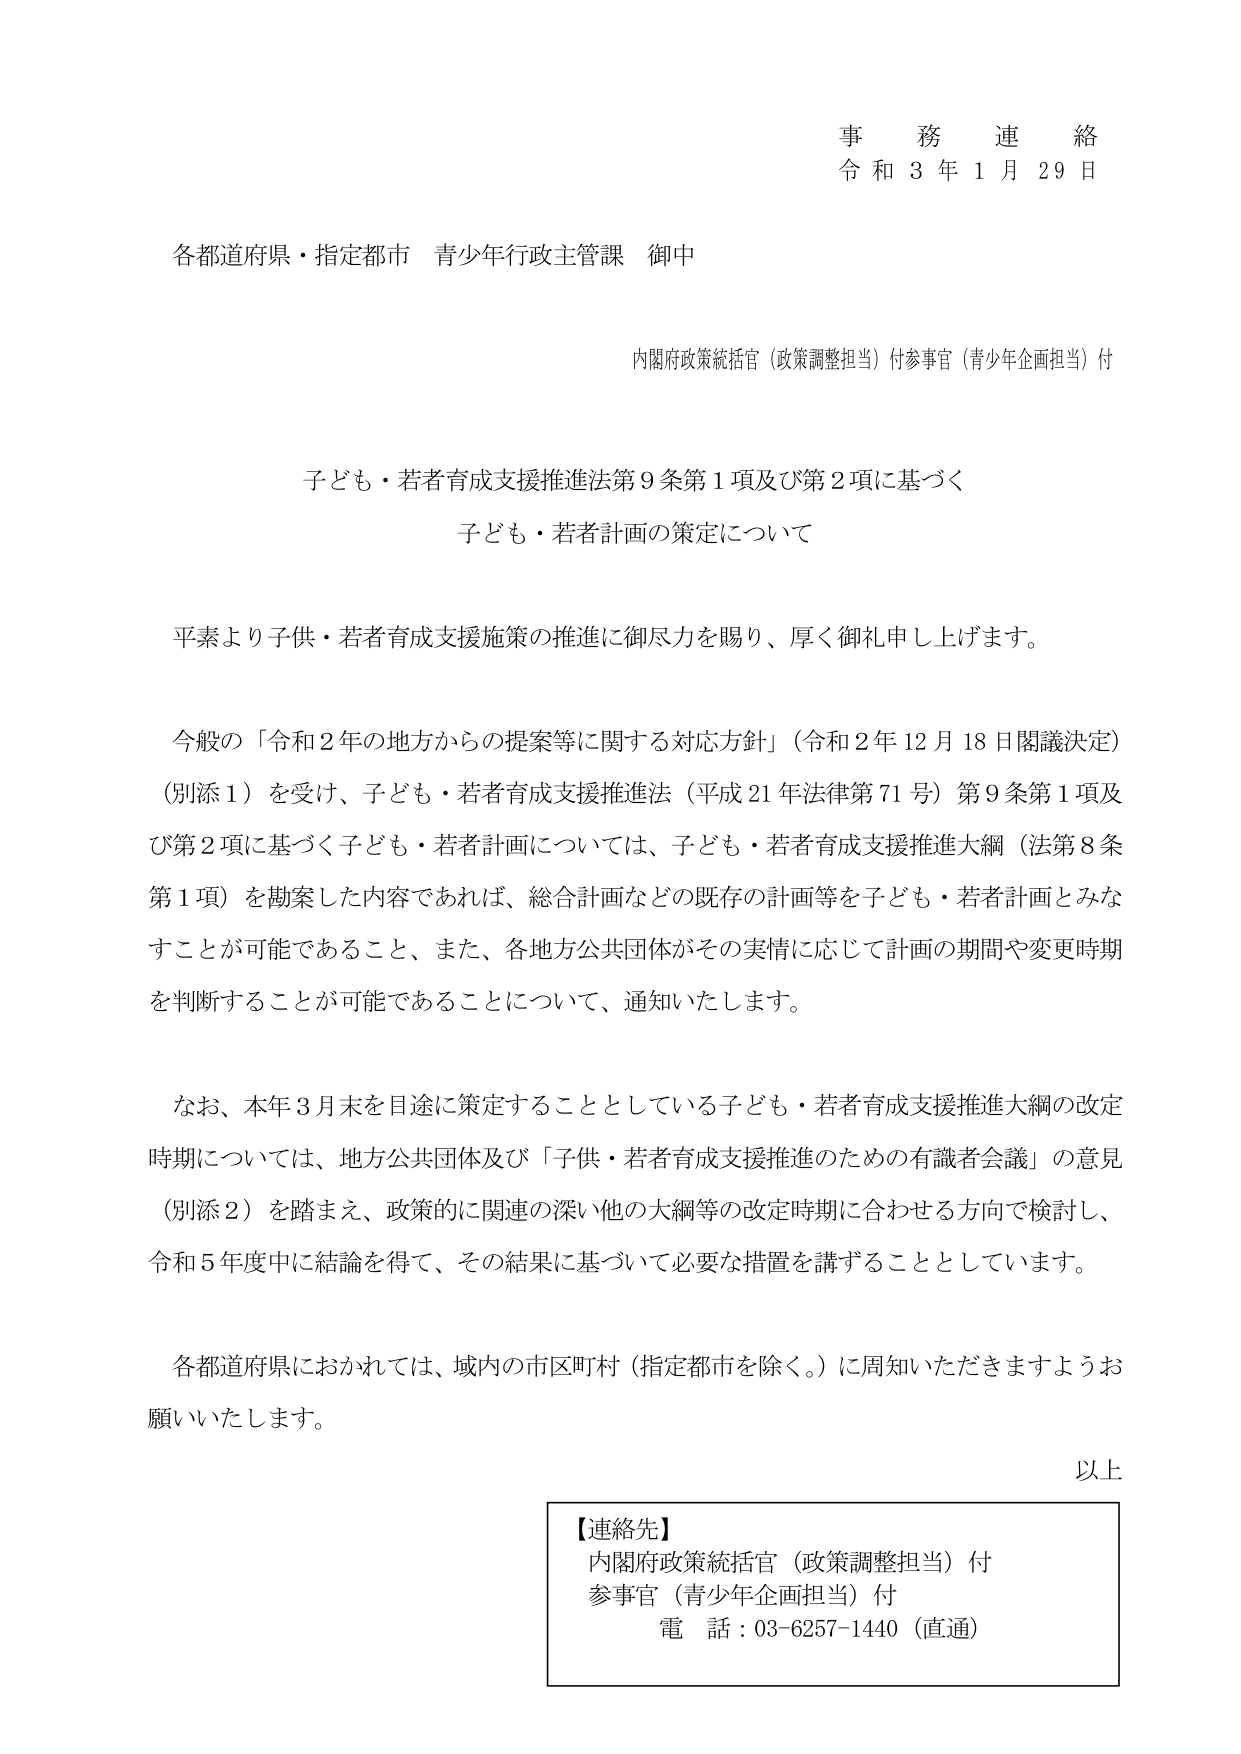
事務連絡
令和３年１月２９日

各都道府県・指定都市 青少年行政主管課 御中

内閣府政策統括官（政策調整担当）付参事官（青少年企画担当）付

子ども・若者育成支援推進法第９条第１項及び第２項に基づく
子ども・若者計画の策定について

平素より子供・若者育成支援施策の推進に御尽力を賜り、厚く御礼申し上げます。

今般の「令和２年の地方からの提案等に関する対応方針」（令和２年１２月１８日閣議決定）
（別添１）を受け、子ども・若者育成支援推進法（平成２１年法律第７１号）第９条第１項及
び第２項に基づく子ども・若者計画については、子ども・若者育成支援推進大綱（法第８条
第１項）を勘案した内容であれば、総合計画などの既存の計画等を子ども・若者計画とみな
すことが可能であること、また、各地方公共団体がその実情に応じて計画の期間や変更時期
を判断することが可能であることについて、通知いたします。

なお、本年３月末を目途に策定することとしている子ども・若者育成支援推進大綱の改定
時期については、地方公共団体及び「子供・若者育成支援推進のための有識者会議」の意見
（別添２）を踏まえ、政策的に関連の深い他の大綱等の改定時期に合わせる方向で検討し、
令和５年度中に結論を得て、その結果に基づいて必要な措置を講ずることとしています。

各都道府県におかれては、域内の市区町村（指定都市を除く。）に周知いただきますようお
願いいたします。

以上

【連絡先】
内閣府政策統括官（政策調整担当）付
参事官（青少年企画担当）付
電話：03-6257-1440（直通）